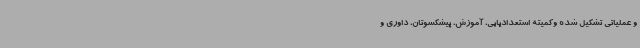
و عملیاتی تشکیل شده وکمیته استعدادیابی، آموزش، پیشکسوتان، داوری و